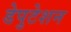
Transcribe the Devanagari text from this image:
डेपुटेशन